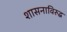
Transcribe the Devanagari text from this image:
शासनाविरुद्ध